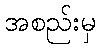
အစည်းမှ